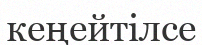
кеңейтілсе